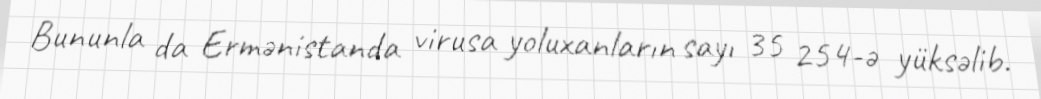
Bununla da Ermənistanda virusa yoluxanların sayı 35 254-ə yüksəlib.